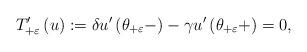
LaTeX: \begin{align*}T_{+\varepsilon }^{\prime }\left( u\right) :=\delta u^{\prime }\left( \theta_{+\varepsilon }-\right) -\gamma u^{\prime }\left( \theta _{+\varepsilon}+\right) =0, \end{align*}